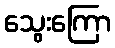
သွေးကြော